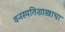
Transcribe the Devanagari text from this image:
वनस्पतिशास्त्राचा